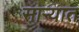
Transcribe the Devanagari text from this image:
साऱ्यात